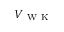
V _ { \mathrm { ~ W ~ K ~ } }